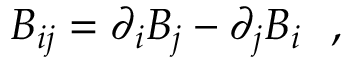
B _ { i j } = \partial _ { i } B _ { j } - \partial _ { j } B _ { i } ~ ~ ,